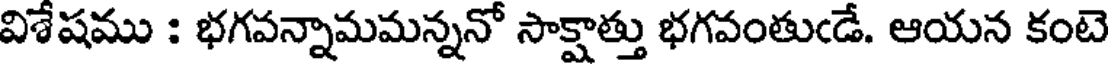
విశేషము : భగవన్నామమన్ననో సాక్షాత్తు భగవంతుఁడే. ఆయన కంటె